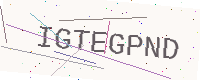
Text: IGTEGPND